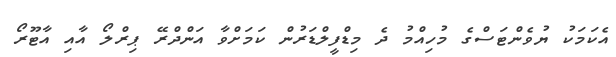
އެކަމަކު ޔުވެންޓަސްގެ މުހިއްމު ދެ މިޑްފީލްޑަރުން ކަމަށްވާ އަންދްރޭ ޕިރްލޯ އާއި އާޓޫރޯ